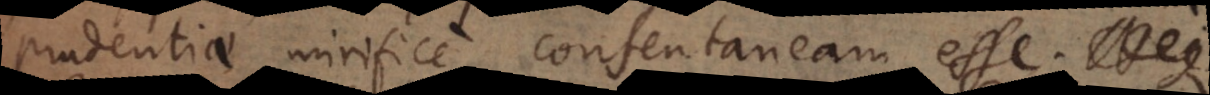
prudentiae mirifice consentaneam esse.